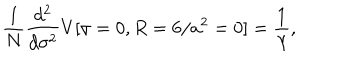
\frac { 1 } { N } \frac { d ^ { 2 } } { d \sigma ^ { 2 } } V [ \sigma = 0 , R = 6 / a ^ { 2 } = 0 ] = \frac { 1 } { \lambda } ,